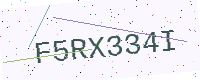
Text: F5RX334I